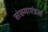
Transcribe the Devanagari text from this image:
संख्याएंइस